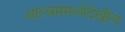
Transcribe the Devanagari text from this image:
आल्बममध्येदेखील